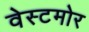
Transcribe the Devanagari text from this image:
वेस्टमोर